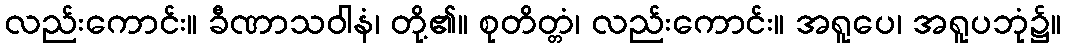
လည်းကောင်း။ ခီဏာသဝါနံ၊ တို့၏။ စုတိတ္တံ၊ လည်းကောင်း။ အရူပေ၊ အရူပဘုံ၌။